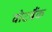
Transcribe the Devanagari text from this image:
वोटबैंक